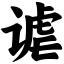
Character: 谑